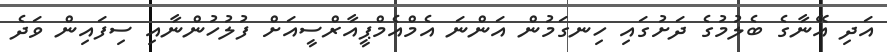
އަދި އޭނާގެ ބެލުމުގެ ދަށުގައި ހިނގަމުން އަންނަ އެމްއެމްޕީއާރްސީއަށް ފުުލުހުންނާއި ސިފައިން ވަދެ